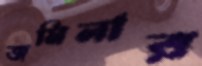
জমিলার